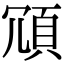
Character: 𩑜